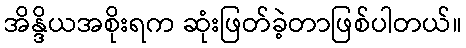
အိန္ဒိယအစိုးရက ဆုံးဖြတ်ခဲ့တာဖြစ်ပါတယ်။